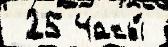
 25 Часы́